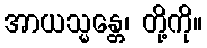
အာယသ္မန္တေ၊ တို့ကို။